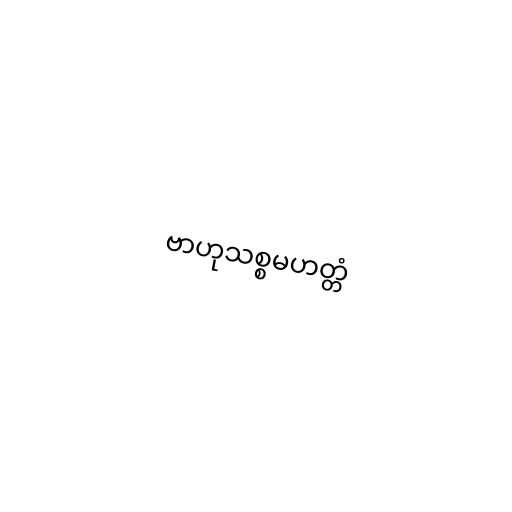
ဗာဟုသစ္စမဟတ္တံ